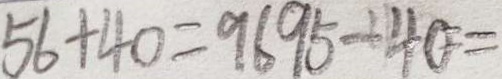
5 6 + 4 0 = 9 6 9 5 - 4 0 =